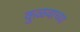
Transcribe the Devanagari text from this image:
कुळवाच्या